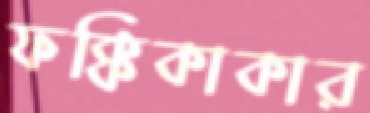
ফক্কিকাকার